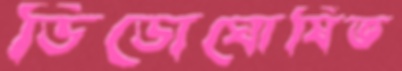
ডিডোঘোষিত